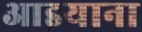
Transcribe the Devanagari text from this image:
आइयाना